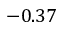
- 0 . 3 7